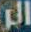
الر